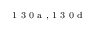
^ \textrm { \scriptsize 1 3 0 a , 1 3 0 d }